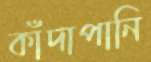
কাঁদাপানি